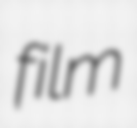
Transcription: film